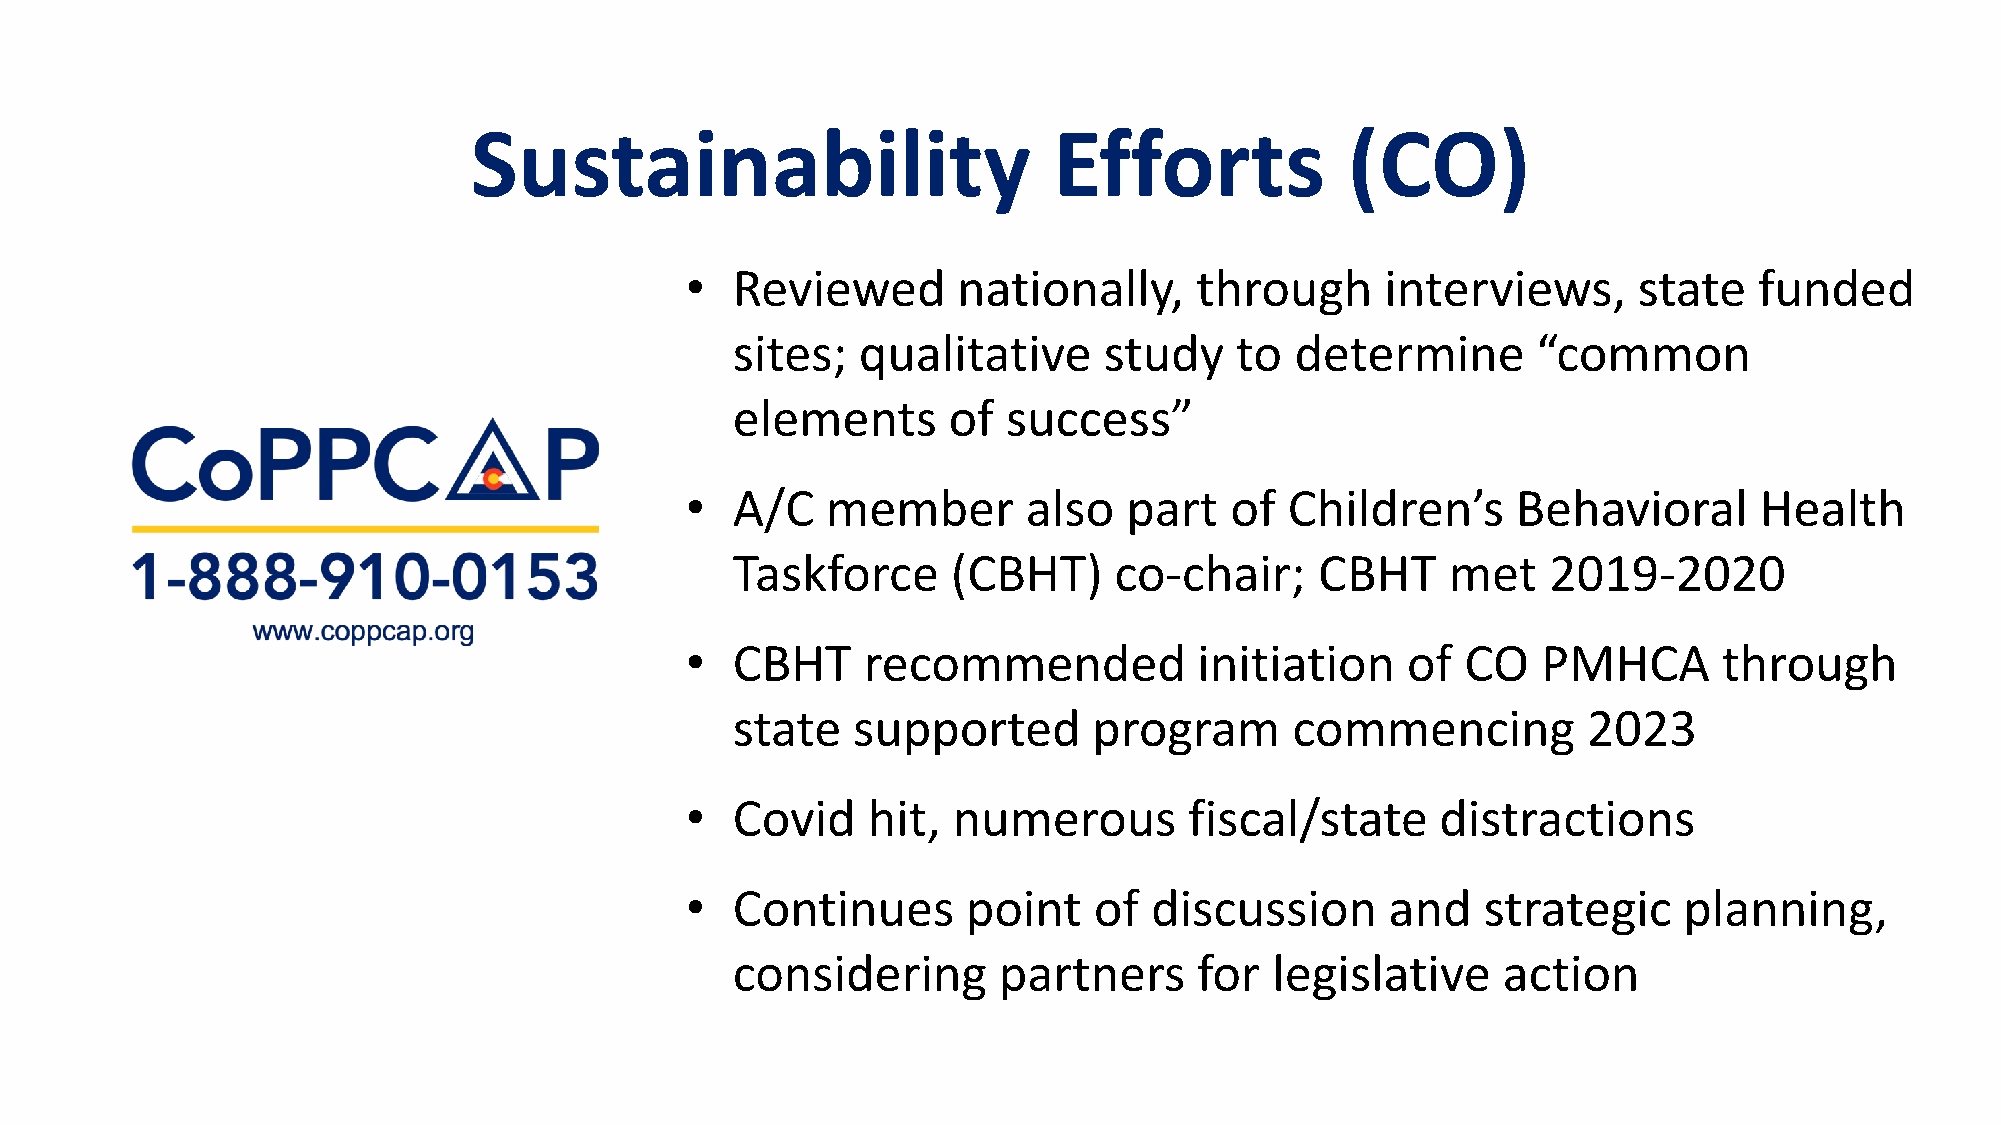
Sustainability                         Efforts            (CO)
 •  Reviewed       nationally,     through      interviews,     state   funded
 sites;   qualitative     study    to  determine       “common
 elements       of  success”
 •  A/C    member       also   part  of  Children’s     Behavioral      Health
 Taskforce      (CBHT)     co-chair;    CBHT     met    2019-2020
 •  CBHT     recommended           initiation    of  CO   PMHCA       through
 state   supported       program       commencing         2023
 •  Covid    hit,  numerous        fiscal/state    distractions
 •  Continues       point   of  discussion      and   strategic    planning,
 considering       partners     for  legislative    action